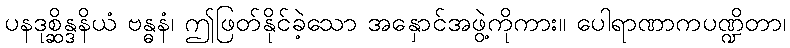
ပနဒုစ္ဆိန္ဒနိယံ ဗန္ဓနံ၊ ဤဖြတ်နိုင်ခဲ့သော အနှောင်အဖွဲ့ကိုကား။ ပေါရာဏာကပဏ္ဍိတာ၊